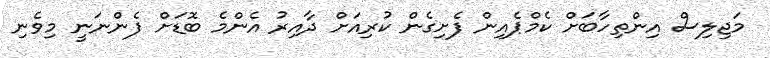
މަޖިލިސް އިންތިހާބަށް ކެމްޕެއިން ފެށިގެން ކުރިއަށް ދާއިރު އެންމެ ބޮޑަށް ފެންނަނީ މިވެނި